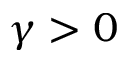
\gamma > 0